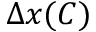
\Delta x ( C )